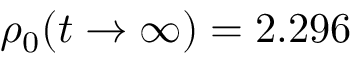
\rho _ { 0 } ( t \to \infty ) = 2 . 2 9 6